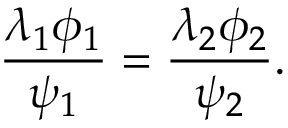
\frac { \lambda _ { 1 } \phi _ { 1 } } { \psi _ { 1 } } = \frac { \lambda _ { 2 } \phi _ { 2 } } { \psi _ { 2 } } .